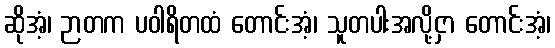
ဆိုအံ့၊ ဉာတက ပဝါရိတထံ တောင်းအံ့၊ သူတပါးအလို့ငှာ တောင်းအံ့၊